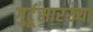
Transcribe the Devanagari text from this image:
गुर्टूसारख्या